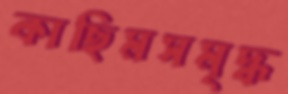
কাছিমসমৃদ্ধ